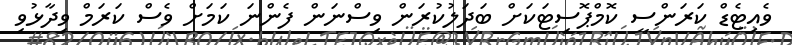
ވެއިޓެޑް ކަރަންސީ ކޮމްޕޮސިޓަކަށް ބަދަލުކުރަން ވިސްނަން ފެންނަ ކަމަށް ވެސް ކަރަމް ވިދާޅުވި